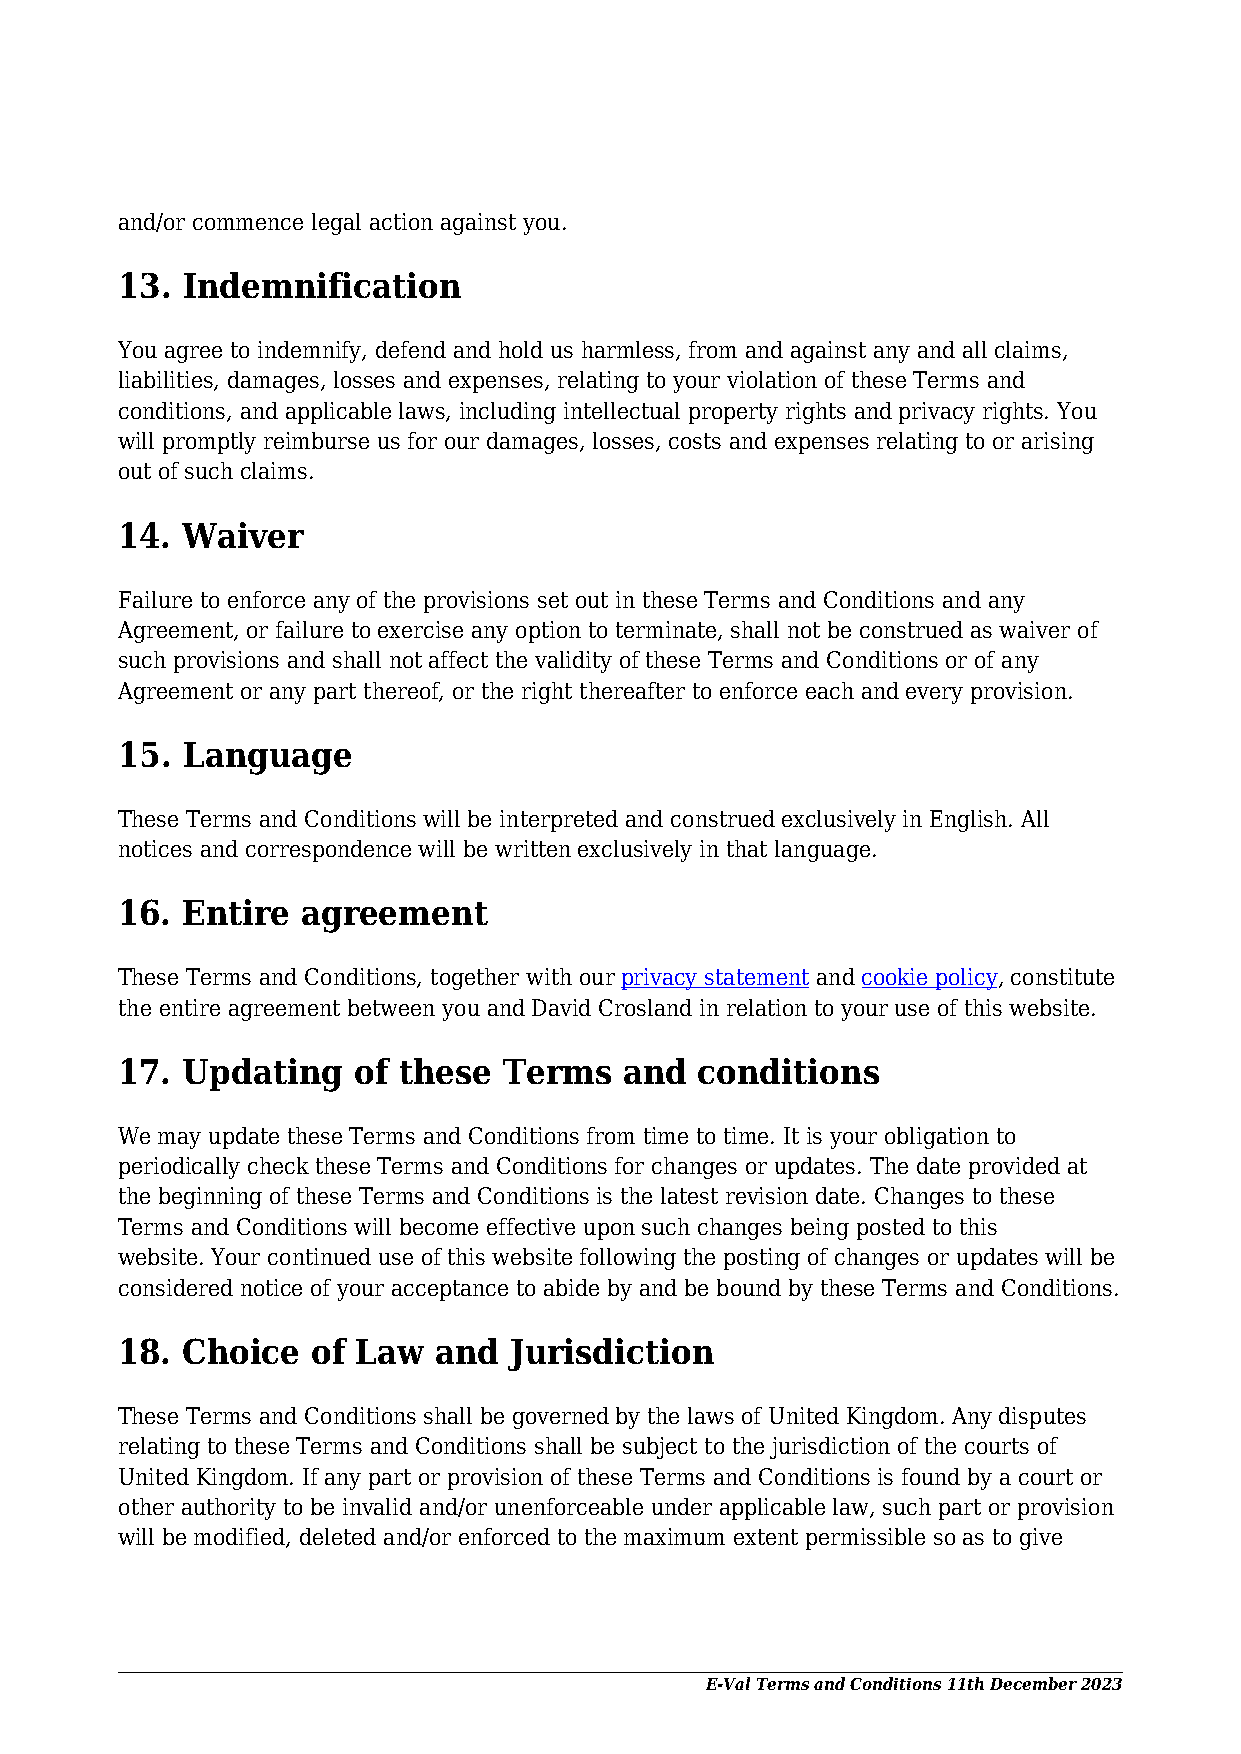
and/or commence legal action against you.
 13. Indemnification
 You agree to indemnify, defend and hold us harmless, from and against any and all claims,
 liabilities, damages, losses and expenses, relating to your violation of these Terms and
 conditions, and applicable laws, including intellectual property rights and privacy rights. You
 will promptly reimburse us for our damages, losses, costs and expenses relating to or arising
 out of such claims.
 14. Waiver
 Failure to enforce any of the provisions set out in these Terms and Conditions and any
 Agreement, or failure to exercise any option to terminate, shall not be construed as waiver of
 such provisions and shall not affect the validity of these Terms and Conditions or of any
 Agreement or any part thereof, or the right thereafter to enforce each and every provision.
 15. Language
 These Terms and Conditions will be interpreted and construed exclusively in English. All
 notices and correspondence will be written exclusively in that language.
 16. Entire  agreement
 These Terms and Conditions, together with our privacy statement and cookie policy, constitute
 the entire agreement between you and David Crosland in relation to your use of this website.
 17. Updating   of these  Terms   and  conditions
 We may update these Terms and Conditions from time to time. It is your obligation to
 periodically check these Terms and Conditions for changes or updates. The date provided at
 the beginning of these Terms and Conditions is the latest revision date. Changes to these
 Terms and Conditions will become effective upon such changes being posted to this
 website. Your continued use of this website following the posting of changes or updates will be
 considered notice of your acceptance to abide by and be bound by these Terms and Conditions.
 18. Choice   of Law  and  Jurisdiction
 These Terms and Conditions shall be governed by the laws of United Kingdom. Any disputes
 relating to these Terms and Conditions shall be subject to the jurisdiction of the courts of
 United Kingdom. If any part or provision of these Terms and Conditions is found by a court or
 other authority to be invalid and/or unenforceable under applicable law, such part or provision
 will be modified, deleted and/or enforced to the maximum extent permissible so as to give
 E-Val Terms and Conditions 11th December 2023